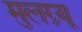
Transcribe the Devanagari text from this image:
मुलग्र्यू